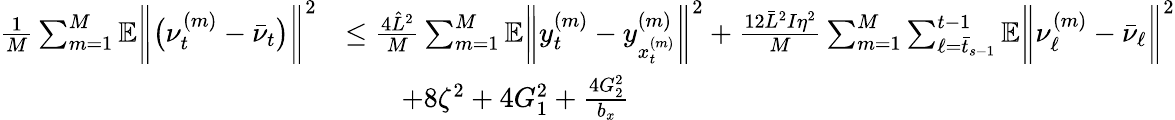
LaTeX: \begin{array}{rl}{\frac{1}{M}\sum_{m=1}^{M}\mathbb{E}\bigg\| \big(\nu_{t}^{(m)}-\bar{\nu}_{t}\big)\bigg\| ^{2}}&{\leq\frac{4\hat{L}^{2}}{M}\sum_{m=1}^{M}\mathbb{E}\bigg\| y_{t}^{(m)}-y_{x_{t}^{(m)}}^{(m)}\bigg\| ^{2}+\frac{12\bar{L}^{2}I\eta^{2}}{M}\sum_{m=1}^{M}\sum_{\ell=\bar{t}_{s-1}}^{t-1}\mathbb{E}\bigg\| \nu_{\ell}^{(m)}-\bar{\nu}_{\ell}\bigg\| ^{2}}\\ &{\qquad+8\zeta^{2}+4G_{1}^{2}+\frac{4G_{2}^{2}}{b_{x}}}\end{array}